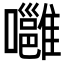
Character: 𡄸